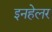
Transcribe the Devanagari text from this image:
इनहेलर